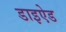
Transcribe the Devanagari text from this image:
डाइऐड